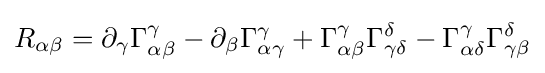
R_{\alpha \beta }=\partial _{\gamma }\Gamma _{\alpha \beta }^{\gamma }-\partial _{\beta }\Gamma _{\alpha \gamma }^{\gamma }+\Gamma _{\alpha \beta }^{\gamma }\Gamma _{\gamma \delta }^{\delta }-\Gamma _{\alpha \delta }^{\gamma }\Gamma _{\gamma \beta }^{\delta }